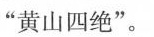
“黄山四绝”。